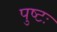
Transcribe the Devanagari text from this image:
पुष्टः